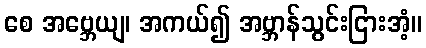
စေ အဗ္ဘေယျ၊ အကယ်၍ အဗ္ဘာန်သွင်းငြားအံ့။